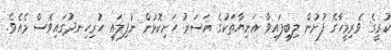
ކުރީގެ ވެރިމީހާގެ ފުށުން ލިބިފައިވާ އަނިޔާތަކުގެ އަސަރު ހަށިކޮޅުން ނުފިލައި ހުރިހިނދުގައިވެސް މެއެވެ.